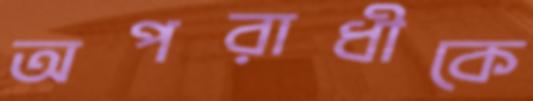
অপরাধীকে